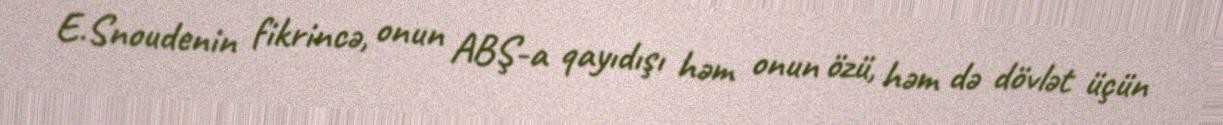
E.Snoudenin fikrincə, onun ABŞ-a qayıdışı həm onun özü, həm də dövlət üçün